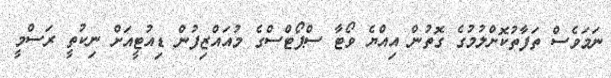
ނަމަވެސް ތަފާތުކޮށްލުމުގެ ގޮތުން އިއްޔެ ވޯޓާ ސްޕޯޓްސްގެ މުއައްޒިފުން ޑިއުޓީއަށް ނިކުތީ ރަސްމީ